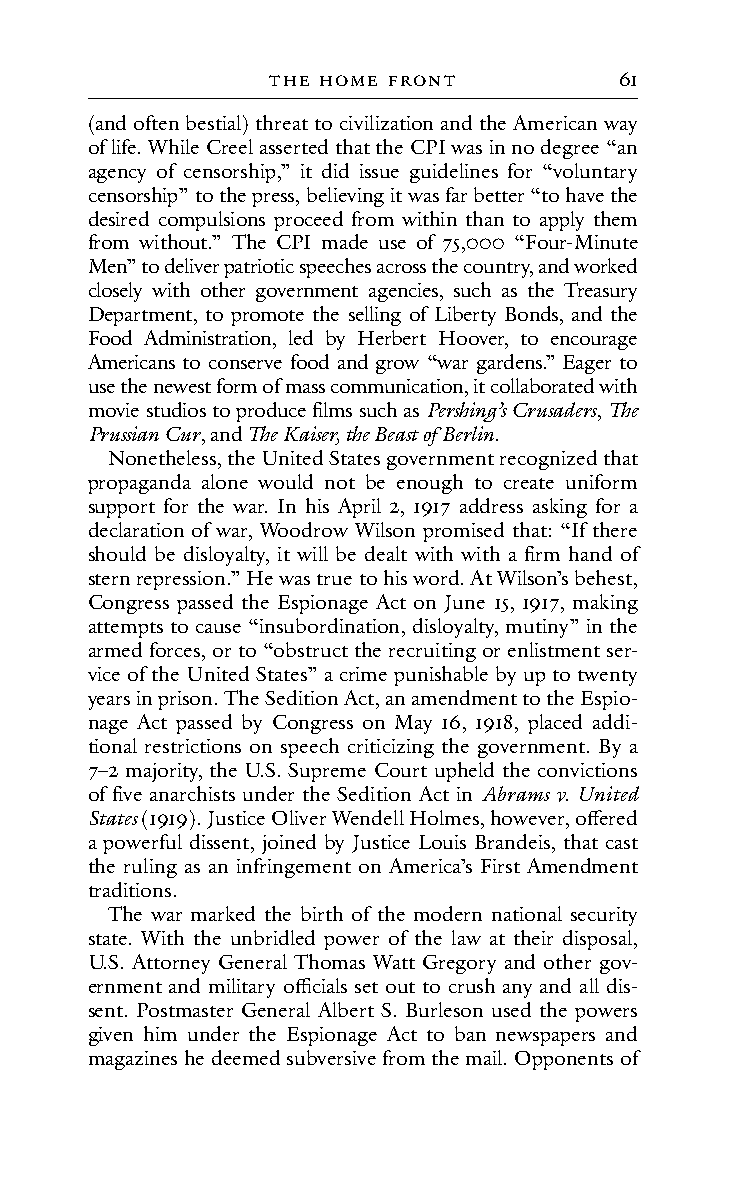
tHe HoMe f Ront        61
 (and often bestial) threat to civilization and the American way
 of life. While Creel asserted that the CPI was in no degree “an
 agency of censorship,” it did issue guidelines for “voluntary
 censorship” to the press, believing it was far better “to have the
 desired compulsions proceed from within than to apply them
 from without.” The CPI made use of 75,000 “Four-Minute
 Men” to deliver patriotic speeches across the country, and worked
 closely with other government agencies, such as the Treasury
 Department, to promote the selling of Liberty Bonds, and the
 Food Administration, led by Herbert Hoover, to encourage
 Americans to conserve food and grow “war gardens.” Eager to
 use the newest form of mass communication, it collaborated with
 movie studios to produce films such as Pershing’s Crusaders, The
 Prussian Cur, and The Kaiser, the Beast of Berlin.
 Nonetheless, the United States government recognized that
 propaganda alone would not be enough to create uniform
 support for the war. In his April 2, 1917 address asking for a
 declaration of war, Woodrow Wilson promised that: “If there
 should be disloyalty, it will be dealt with with a firm hand of
 stern repression.” He was true to his word. At Wilson’s behest,
 Congress passed the Espionage Act on June 15, 1917, making
 attempts to cause “insubordination, disloyalty, mutiny” in the
 armed forces, or to “obstruct the recruiting or enlistment ser-
 vice of the United States” a crime punishable by up to twenty
 years in prison. The Sedition Act, an amendment to the Espio-
 nage Act passed by Congress on May 16, 1918, placed addi-
 tional restrictions on speech criticizing the government. By a
 7–2 majority, the U.S. Supreme Court upheld the convictions
 of five anarchists under the Sedition Act in Abrams v. United
 States (1919). Justice Oliver Wendell Holmes, however, offered
 a powerful dissent, joined by Justice Louis Brandeis, that cast
 the ruling as an infringement on America’s First Amendment
 traditions.
 The war marked the birth of the modern national security
 state. With the unbridled power of the law at their disposal,
 U.S. Attorney General Thomas Watt Gregory and other gov-
 ernment and military officials set out to crush any and all dis-
 sent. Postmaster General Albert S. Burleson used the powers
 given him under the Espionage Act to ban newspapers and
 magazines he deemed subversive from the mail. Opponents of